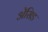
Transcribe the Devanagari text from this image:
ॲेसिड